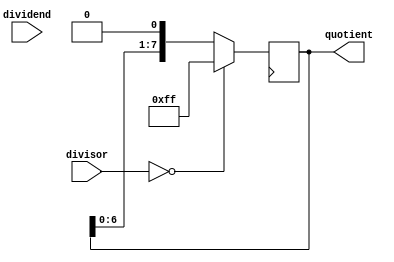
module synchronous_divider (
  input wire [7:0] dividend,
  input wire [7:0] divisor,
  output reg [7:0] quotient
);

reg [7:0] remainder;

always @ (posedge clk) begin
  if(divisor == 0) begin
    quotient <= 8'hFF;
  end else begin
    quotient <= 8'h00;
    remainder <= dividend;
    
    repeat (8) begin
      if(remainder >= divisor) begin
        remainder <= remainder - divisor;
        quotient <= quotient + 1;
      end
      remainder <= remainder << 1;
      quotient <= quotient << 1;
    end
  end
end

endmodule